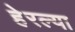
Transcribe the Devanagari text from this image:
हेरल्या